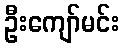
ဦးကျော်မင်း